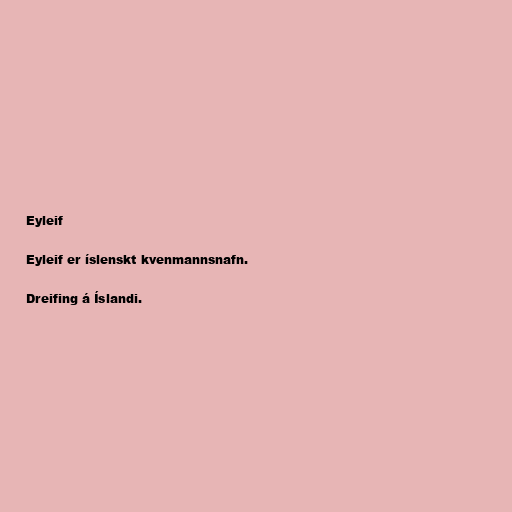
Eyleif

Eyleif er íslenskt kvenmannsnafn.

Dreifing á Íslandi.